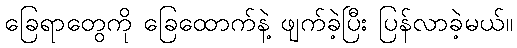
ခြေရာတွေကို ခြေထောက်နဲ့ ဖျက်ခဲ့ပြီး ပြန်လာခဲ့မယ်။